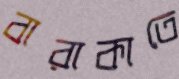
বারাকাতে